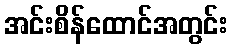
အင်းစိန်ထောင်အတွင်း